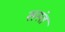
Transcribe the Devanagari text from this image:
सस्तं